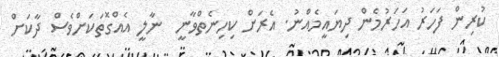
ކުރިން ފަހަރު އަހަރުމެން ދިޔައީމެއްނު. އެރަށް ކިހިނެތްވާނީ  ނާލީ އެއްގޮތަކަށްވެސް ދާކަށް